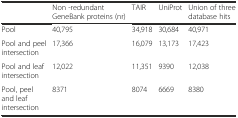
<table><thead><tr><td></td><td><b>Non -redundant GeneBank proteins (nr)</b></td><td><b>TAIR</b></td><td><b>UniProt</b></td><td><b>Union of three database hits</b></td></tr></thead><tbody><tr><td>Pool</td><td>40,795</td><td>34,918</td><td>30,684</td><td>40,971</td></tr><tr><td>Pool and peel intersection</td><td>17,366</td><td>16,079</td><td>13,173</td><td>17,423</td></tr><tr><td>Pool and leaf intersection</td><td>12,022</td><td>11,351</td><td>9390</td><td>12,038</td></tr><tr><td>Pool, peel and leaf intersection</td><td>8371</td><td>8074</td><td>6669</td><td>8380</td></tr></tbody></table>